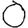
Digit: 0